Lunatic asylums in Bengal annual reports 1888-1898 - 1888-1898
Year: 1888
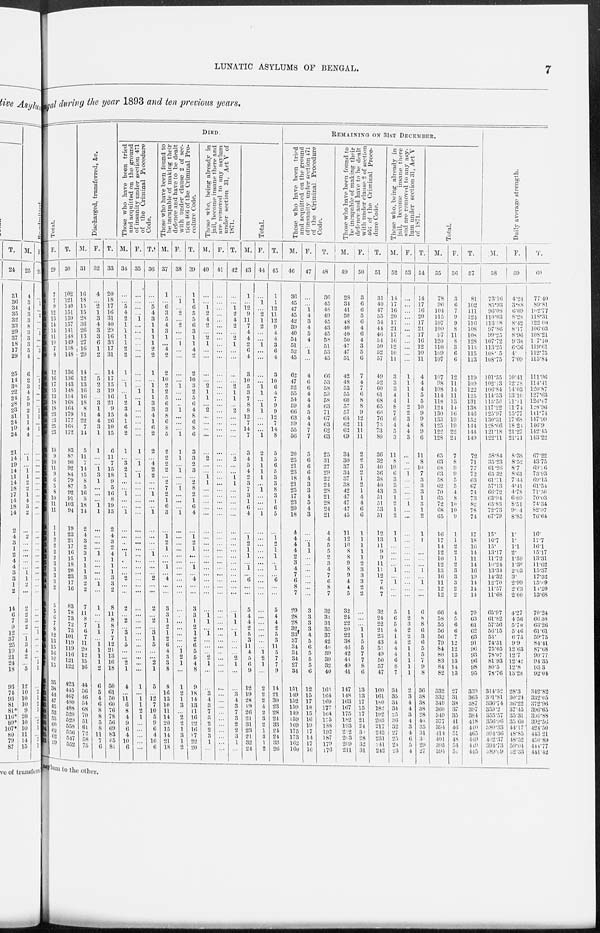
LUNATIC ASYLUMS OF BENGAL.
7
Bengal
during the year 1893 and ten previous years.
Total.
M.
28
95
114
131
139
146
143
127
137
139
131
140
124
120
126
133
141
150
146
156
154
143
149
73
78
80
81
75
73
82
84
81
92
82
18
22
19
15
14
13
15
17
20
14
14
78
73
67
65
68
89
106
104
100
105
107
388
407
423
433
443
468
476
496
494
485
493
F.
29
7
7
9
12
13
14
14
11
10
7
8
12
16
17
15
13
18 18
23
23
25
23
10
9
10
11
9
6
5
8
10
11
11
1
1
2
2
2
2
3
3
3
3
2
5
5 6
7
8
12
13
15
16
16
15
35
38
44
47
45
52
53
60
62
62
59
T.
30
102
121
140
151
159
157
141
148
149
138
148
136
136
143
148
154
168
164
179
177
168
172
83
87
90
92
84
79
87
92
91
103
94
19
23
21
17
16
15
18
20
23
17
16
83
78
73
72
75
101
119
119
116
121
122
423
445
467
480
488
520
529
558
556
547 552
Discharged, transferred, &c.
M.
31
16
18
15
15
28
36
26
13
27
16
29
14
12
13
16
16
18
8
11
22
7
14
5
11
7
14
15
8
5
16
8
18
14
2
4
3
2
3
1
1
1
3
2
2
7
11
8
7
7
7
11
20
12
15
16
44
56
46
54
68
70
51
61
72
58
75
F.
32
4
...
2
1
3
4
3
3
6
1
2
...
5
2
3
...
3
1
4
4
3
1
1
...
...
1
3
1
...
...
...
1
1
...
...
...
...
1
...
...
...
...
1
...
1
...
...
1 1
...
1
1
1
1
2
6
5
4
6
8
8
5
8
11
7
6
T.
33
20
18
17
16
31
40
29
16
33
17
31
14
17
15
19
16
21
9
15
26
10
15
6
11
7
15
18
9
5
16
8
19
15
2
4
3
2
4
1
1
1
3
3
2
8
11
8
8
7
7
12
21
13
16
18
50
61
50
60
76
78
56
69
83
65
81
DIED.
Those who have been tried
and acquitted on the ground
of insanity under section 471
of the Criminal Procedure
Code.
M.
34
...
...
5
4
2
1
1
1
1
2
2
1
...
1
...
1
2
3
4
1
6
2
1
...
3
2
1
...
...
1
...
...
1
...
...
...
...
1
...
...
...
2
...
...
2
...
2
...
3
1
5
...
...
2
1
4
...
11
6
8
4
9
6
4
10
6
F.
35
...
...
...
...
1
...
...
...
...
...
...
...
...
...
1
...
1
...
...
...
...
...
1
...
1
...
1
...
...
...
...
...
...
...
...
...
...
...
...
...
...
...
...
...
...
...
...
...
...
...
...
...
...
...
...
1
...
1
1
2
1
...
...
...
...
...
T.
36
...
...
5
4
3
1
1
1
1
2
2
1
...
1
1
1
3
3
4
1
6
2
2
...
4
2
2
...
...
1
...
...
1
...
...
...
...
1
...
...
...
2
...
...
2
...
2
...
3
1
5
...
...
2
1
5
...
12
7
10
5
9
6
4
10
6
Those who have been found to
be incapable of making their
defence and have to be dealt
with under clause 2 of sec-
tion 466 of the Criminal Pro-
cedure Code.
M.
37
1
...
6
3
5
4
3
1
...
4
2
2
10
2
2
5
6
3
8
6
8
5
2
2
2
2
...
2
7
2
1
6
3
...
1 2
1
...
...
1
...
4
...
...
3
3
1
2
1
2
6
4
3
3
8
8
16
13
10
11
14
20
15
14
21
18
F.
38
...
1
...
2
...
2
...
...
1
...
...
...
...
1
...
...
...
1
...
...
...
1
1
1
...
1
...
...
1
...
...
...
1
...
...
...
...
...
...
...
...
...
...
...
...
...
...
...
...
...
...
1 2
1
...
1
2
1
3
...
2
2
1
3
1
2
T.
39
1
1
6
5
5
6
3
1
1
4
2
2
10
3
2
5
6
4
8
6
8
6
3
3
2
3
...
2
8
2
1
6
4
...
1 2
1
...
...
1
...
4
...
...
3
3
1
2
1
2
6
5
5
4
8
9
18
14
13
11
16
22
16
17
22
20
Those who, being already in
jail, become insane there and
are removed to any asylum
under section 31, Act V of
1871.
M.
40
...
...
1
2
4
2
...
2
1
...
...
...
...
2
1
1
...
2
...
...
...
...
...
2
...
...
1
1
...
...
...
...
...
...
...
...
...
...
...
...
...
...
...
...
...
1 1
...
1
...
...
...
2
1
...
...
3
4
3
7
3
2
2
3
1
...
F.
41
...
...
...
...
...
...
...
...
...
...
...
...
...
...
...
...
...
...
...
...
...
...
...
...
...
...
...
...
...
...
...
...
...
...
...
...
...
...
...
...
...
...
...
...
...
...
...
...
...
...
...
...
...
...
...
...
...
...
...
...
...
...
...
...
...
...
T.
42
...
...
1
2
4
2
...
2
1
...
...
...
...
2
1
1
...
2
...
...
...
...
...
2
...
...
1
1
...
...
...
...
...
...
...
...
...
...
...
...
...
...
...
...
...
1 1
...
1
...
...
...
2
1
...
...
3
4
3
7
3
2
2
3
1
...
Total.
M.
43
1
...
12
9
11
7
4
4
2
6
4
3
10
5
3
7
8
8
12
7
14
7
3
4
5
4
2
3
7
3
1
6
4
...
1 2
1
1
...
1 ...
6
...
...
5
4
4
2
5
3
11
4
5
6
9
12
19
28
19
26
21
31
23
21
32
24
F.
44
...
1
...
2
1
2
...
...
1
...
...
...
...
1
1
...
1
1
...
...
...
1
2
1
1
1
1
...
1
...
...
...
1
...
...
...
...
...
...
...
...
...
...
...
...
...
...
...
...
...
...
1 2
1
...
2
2
2
4
2
3
2
1
3
1
2
T.
45
1
1
12
11
12
9
4
4
3
6
4
3
10
6
4
7
9
9
12
7
14
8
5
5
6
5
3
3
8
3
1
6
5
...
1 2
1
1
...
1
...
6
...
...
5
4
4
2
5
3
11
5
7
7
9
14
21
30
23
28
24
33
24
24
33
26
REMAINING ON 31ST DECEMBER.
Those who have been tried
and acquitted on the ground
of insanity under section 471
of the Criminal Procedure
Code.
M.
46
36
45
47
45
42
39
40
54
51
52
45
62
47
52
55
54
59
66
63
59
55
56
20
25
21
23
18
21
25
17
23
20
18
4
4
4
4
2
3
4
7
6
8
7
29
28
28
32
33
37
34
34 34
27
34
151
149
152
159
149
159
169
175
173
162
160
F.
47
...
...
1 4
3
4
5
4
...
1
...
4
6
6
4
4
4
5
4
4
7
7
5
6
6
6
4
3
3
4
5
4
3
...
...
1 1
...
...
...
...
...
...
...
3
3
3
3
4
5
6
5
5
5
6
12
15
17
18
15
16
19
17
14
17
16
T.
48
36
45
48
49
45
43
45
58
51
53
45
66
53
58
59
58
63
71
67
63
62
63
25
31
27
29
22
24
28
21
28
24
21
4
4
5
5
2
3
4
7
6
8
7
32
31
31
35
37
42
40
39
39
32
40
163
164
169
177
164
175
188
192
187
179
176
Those who have been found to
be incapable of making their
defence and have to be dealt
with under clause 2 of section
466 of the Criminal Proce-
dure Code.
M.
49
28
34
41
50
48
40
40
50
47
47
51
42
48
53
55
60
57
57
64
62
62
69
34
30
37
34
37
38
42
47
47
47
45
11
12
10
8
8
9
8
9
4
4
5
32
24
22
20
22
38
46
42
43
49
41
147
148
163
167
175
182
193
212
203
209
211
F.
50
3
6
6
5
6
4
6
4
3
5
6
7
4
7
6
8
8
9
12
11
11
11
2
2
3
2
1
2
1
4
4
6
6
1
1
1
1
1
2
3
3
3
2
2
...
...
...
1 1
5
5
7
7
8
6
13
13
17
15
17
21
24
30
28
32
31
T.
51
31
40
47
55
54
44
46
54
50
52
57
49
52
60
61
68
65
66
76
73
73
80
36
32
40
36
38
40
43
51
51
53
51
12
13
11
9
9
11
11
12
7
6
7
32
24
22
21
23
43
51
49
50
57
47
160
161
180
182
192
203
217
242
231
241
242
Those who, being already in
jail, become insane there
and are removed to any asy-
lum under section 31, Act V
of 1871.
M.
52
14
17
16
20
17
21
17
16
12
10
11
3
3
3
4
4
8
7
6
4
5
3
11
8
10
6
3
3
3
1
2
1
2
1
1
...
...
...
...
1
...
1
...
...
5
6
5
4
1
4
4
4
6
8
7
34
35
34
34
25
36
32
27
25
24
23
F.
53
...
...
...
...
...
...
...
...
...
...
...
1
1
1
1
1
2
2
3
4
4
3
...
...
...
1
...
...
...
...
1
...
...
...
...
...
...
...
...
...
...
...
...
...
1
2
3
2
2
2
1
1
1
1
1
2
3
4
4
3
4
3
4
6
5
4
T.
54
14
17
16
20
17
21
17
16
12
10
11
4
4
4
5
5
10
9
9
8
9
6
11
8
10
7
3
3
3
1
3
1 2
1
1
...
...
...
...
1
...
1
...
...
6
8
8
6
3
6
5
5
7
9
8
3
3
38
3
28
4
3
31
31
29
27
Total.
M.
55
78
96
104
115
107
100
97
120
110
109
107
107
98
108
114
118
124
130
133
125
122
128
65
63
68
63
58
62
70
65
72
68
65
16
17
14
12
10
12
13
16
11
12
12
66
58
55
56
56
79
84
80
83
84
82
332
332
349
360
349
377
394
414
401
395
394
F.
56
3
6
7
9
9
8
11
8
3
6
6
12
11
14
11
13
14
16
19
19
22
21
7
8
9
9
5
5
4
8
10
10
9
1
1
2
2
1
2
3
3
3
2
2
4
5
6
6
7
12
12
13
13
14
13
27
31
38
37
35
41
46
51
48
54
51
T.
57
81
102
111
124
116
108
108
128
113
115
113
119
109
122
125
131
138
146
152
144
144
149
72
71
77
72
63
67
74
73
82
78
74
17
18
16
14
11
14
16
19
14
14
14
70
63
61
62
63
91
96
93
96
98
95
359
363
387
397
384
418
440
465
449
449
445
Daily average strength.
M.
58
73.16
85.93
96.08
110.03
113.58
97.86
99.25
107.72
113.25
108.75
108.75
101.55
102.13
106.84
114.53
115.56
117.22
125.97
130.31
128.66
121.18
122.11
58.84
35.23
61.26
65.32
61.71
57.13
66.72
63.94
65.83
72.73
67.79
15.
16.7
15.
13.17
11.72
10.24
13.34
14.32
12.70
11.57
11.68
65.97
61.82
57.56
56.15
53.
74.51
75.05
78.07
81.93
80.5
78.76
314.52
301.81
336.74
359.2
355.57
356.96
380.33
394.36
402.37
394.73
389.09
F.
59
4.24
3.88
6.69
8.28
8.42
8.17
8.96
9.38
6.36
4.
7.09
10.41
12.28
14.03
13.10
11.11
11.74
15.77
17.68
18.24
21.27
21.11
8.38
8.52
8.7
8.61
7.44
4.41
4.78
6.09
8.51
9.34
8.85
1.
1.
1.1
2.
1.59
1.38
2.03
3.
2.99
2.63
2.00
4.27
4.56
5.70
5.46
6.75
9.9
12.63
12.7
12.42
12.8
13.28
28.3
30.24
36.22
37.45
35.31
35.60
44.17
48.85
48.52
50.04
52.33
T.
60
77.40
89.81
102.77
118.3l
122.00
106.03
108.21
117.10
119.61
112.75
115.84
111.96
114.41
120.87
127.63
126.67
128.96
141.74
147.99
146.9
142.45
143.22
67.22
43.75
69.16
73.93
69.15
61.54
7l.50
70.03
74.34
82.07
76.64
16.
17.7
16.1
15.17
13.31
11.62
15.37
17.32
15.69
14.20
13.68
70.24
66.38
63.26
61.61
59.75
84.41
87.68
90.77
94.35
93.3
92.04
342.82
332.05
372.96
396.65
390.88
392.56
424.50
443.21
450.89
444.77
441.42
asylum to the other.